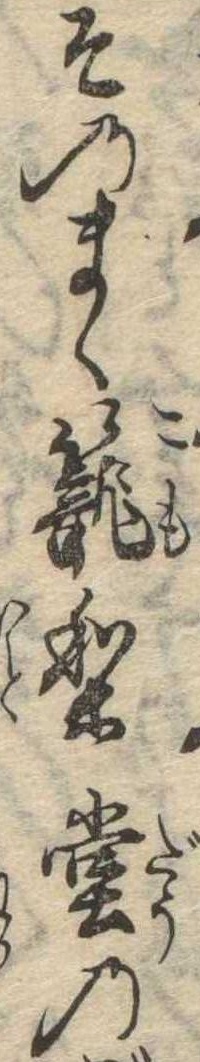
そのまゝ篭り堂の